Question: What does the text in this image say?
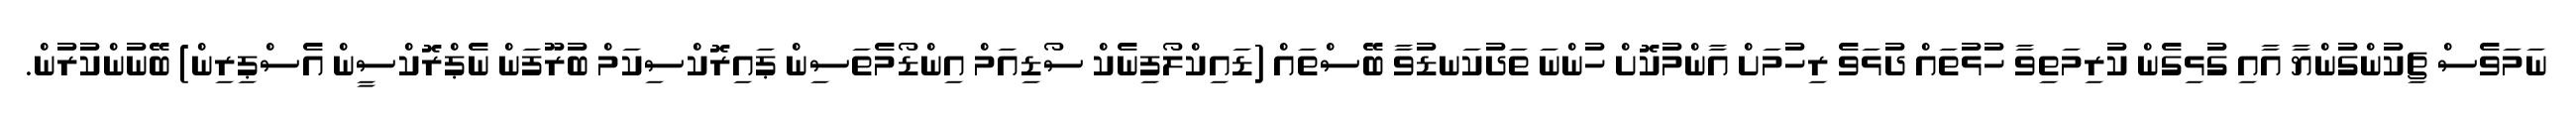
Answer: ނަމަވެސް ޗިކުންގުންޔާ އާއި ގުޅިގެން ކުރިމަތިވާ ހުޅުތައް ދުޅަވެ ރިހުމަށް އާންމުކޮށް ހުންނަ ތަދުކަނޑުވާ ބޭސްތައް (ޑައިކްލޯފިނެކް ސޯޑިއަމް އިންޑޯމެތަސިން ޕައިރޮކްސިކަމް ބުރޫފަން ނެޕްރޮކްސީން އެސްޕިރިން) ބޭނުންކުރުން.